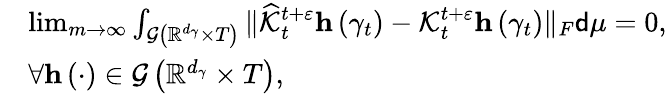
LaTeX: \begin{array}{rl}&{\operatorname*{lim}_{m\rightarrow\infty}\int_{\mathcal{G}\left(\mathbb{R}^{d_{\gamma}}\times T\right)}\Vert\widehat{\mathcal{K}}_{t}^{t+\varepsilon}\mathbf{h}\left(\gamma_{t}\right)-\mathcal{K}_{t}^{t+\varepsilon}\mathbf{h}\left(\gamma_{t}\right)\Vert_{F}\mathsf{d}\mu=0,}\\ &{\forall\mathbf{h}\left(\cdot\right)\in\mathcal{G}\left(\mathbb{R}^{d_{\gamma}}\times T\right),}\end{array}